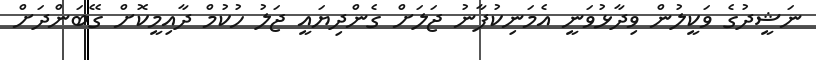
ނަޝީދުގެ ވަކީލުން ވިދާޅުވަނީ އެމަނިކުފާނު ޖަލަށް ގެންދިޔައީ ޖަލު ހުކުމް ދާއިމީކޮށް ގޭބަންދަށް